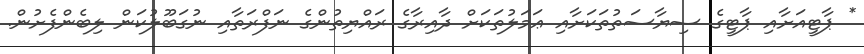
* ޕާޓީއަށާއި ޕާޓީގެ ސިޔާސަތުތަކަށާއި ޢަމަލުތަކަށް ދާއިރާގެ ރައްޔިތުންގެ ނަފްރަތާއި ނުގަބޫލުކަން ލިބެންފެށުން.